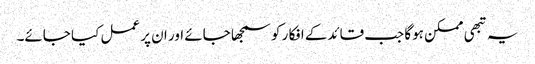
یہ تبھی ممکن ہوگا جب قائدکے افکا ر کو سمجھا جائے اور ان پر عمل کیا جائے۔